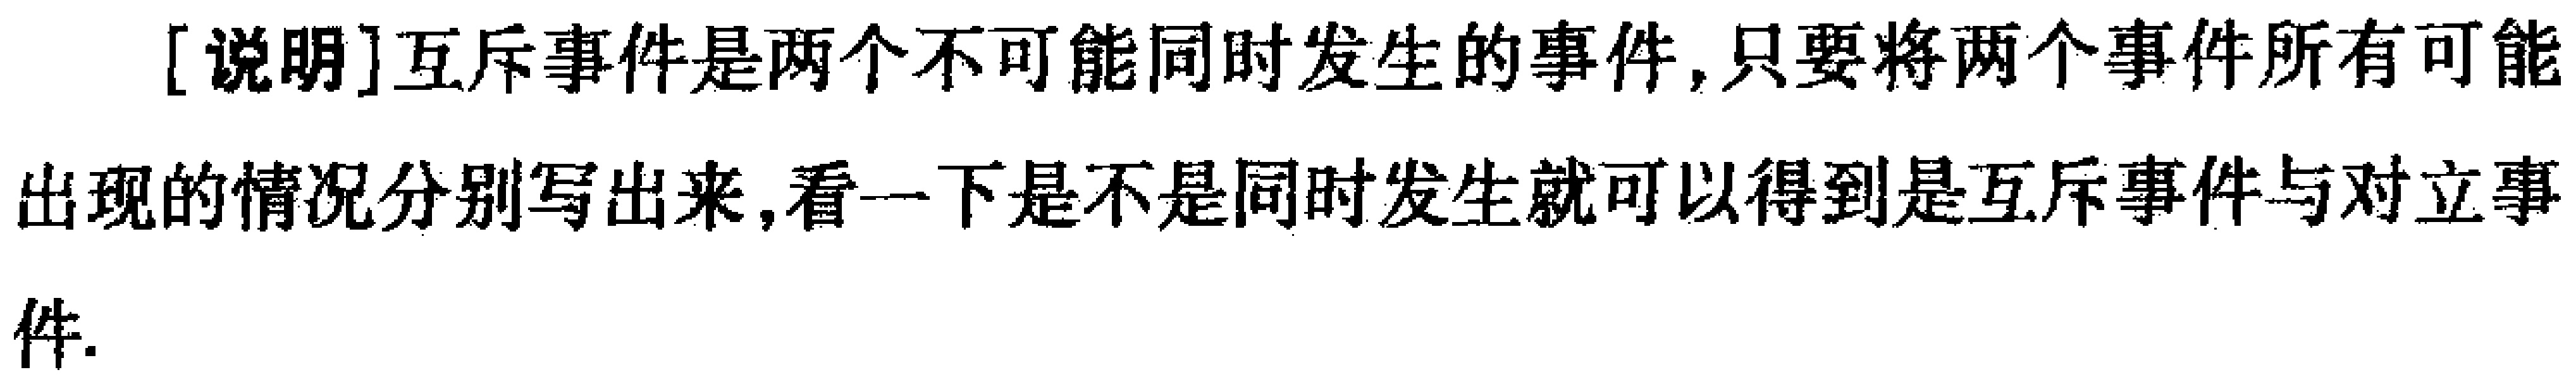
[说明]互斥事件是两个不可能同时发生的事件,只要将两个事件所有可能出现的情况分别写出来,看一下是不是同时发生就可以得到是互斥事件与对立事件.